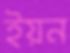
ইয়ন